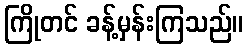
ကြိုတင် ခန့်မှန်းကြသည်။